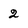
Character: 2